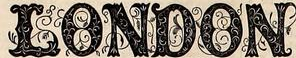
LONDON